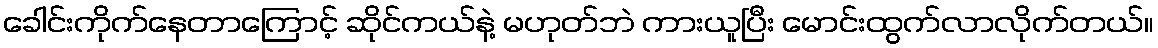
ခေါင်းကိုက်နေတာကြောင့် ဆိုင်ကယ်နဲ့ မဟုတ်ဘဲ ကားယူပြီး မောင်းထွက်လာလိုက်တယ်။